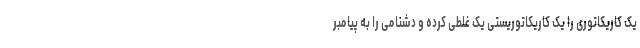
یک کاریکاتوری را یک کاریکاتوریستی یک غلطی کرده و دشنامی را به پیامبر